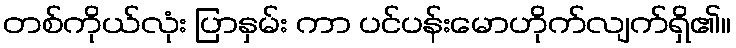
တစ်ကိုယ်လုံး ပြာနှမ်း ကာ ပင်ပန်းမောဟိုက်လျက်ရှိ၏။